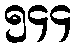
၅၄၄